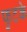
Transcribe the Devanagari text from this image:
फुटके